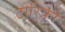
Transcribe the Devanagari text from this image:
टोरिको